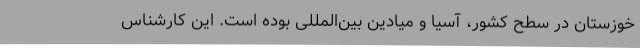
خوزستان در سطح کشور، آسیا و میادین بین‌المللی بوده است. این کارشناس